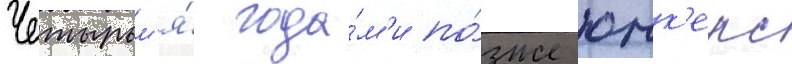
Четырьм'я́ года́м'и по́зже юнк'ерс